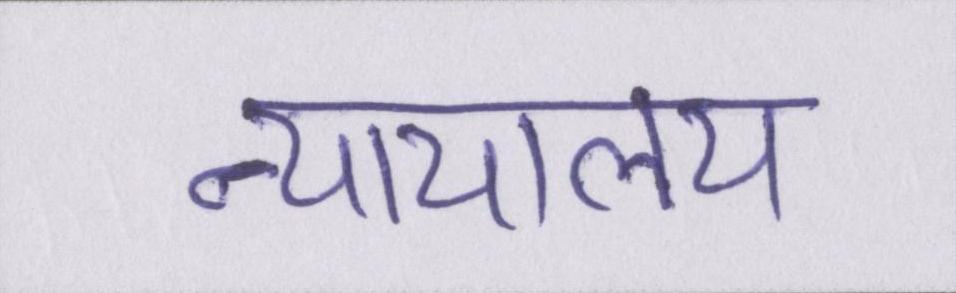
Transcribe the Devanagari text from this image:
न्यायालय